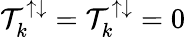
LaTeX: \mathcal{T}_{k}^{\uparrow\downarrow}=\mathcal{T}_{k}^{\uparrow\downarrow}=0